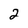
Character: 2